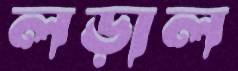
লড়াল